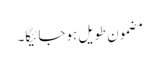
مضمون طویل ہوجائیگا۔